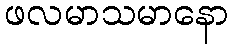
ဖလမာသမာနော